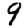
Digit: 9